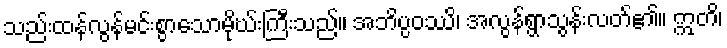
သည်းထန်လွန်မင်းစွာသောမိုဃ်းကြီးသည်။ အဘိပ္ပဝဿိ၊ အလွန်ရွာသွန်းလတ်၏။ ဣတိ၊